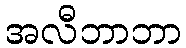
အလီဘာဘာ